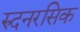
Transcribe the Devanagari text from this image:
रुदनरसिक